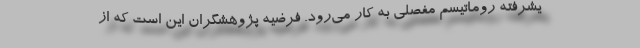
یشرفته روماتیسم مفصلی به کار می‌رود. فرضیه پژوهشگران این است که از